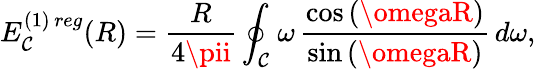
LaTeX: E_{\mathcal{C}}^{(1)\, reg}(R)=\frac{{R}}{{4\pii}}\oint_{\mathcal{C}}^{}\omega\, \frac{{\cos{(\omegaR)}}}{{\sin{(\omegaR)}}}\, d\omega,